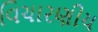
વિચારણીય